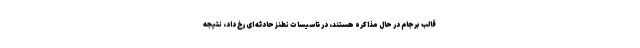
قالب برجام در حال مذاکره هستند، در تاسیسات نطنز حادثه ای رخ داد، نتیجه